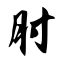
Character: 肘